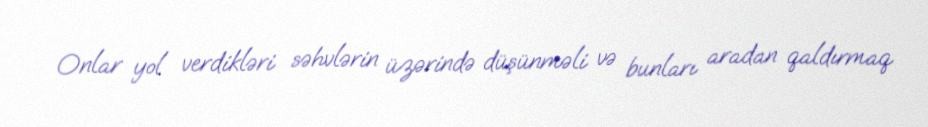
Onlar yol verdikləri səhvlərin üzərində düşünməli və bunları aradan qaldırmaq